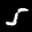
Label: 5